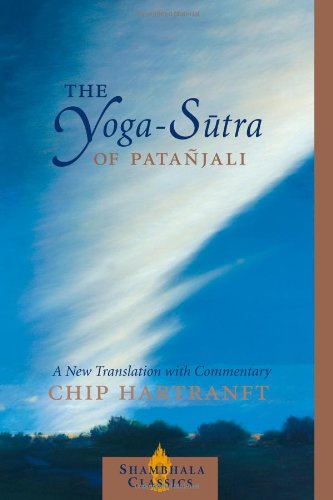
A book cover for The Yoga-Sutra of Patanjali: A New Translation with Commentary (Shambhala Classics); Patanjali; Health, Fitness & Dieting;